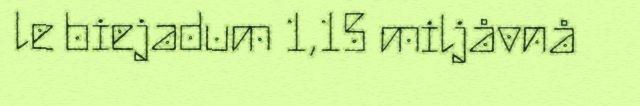
le biejadum 1,15 miljåvnå